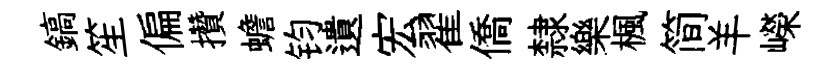
鎬笙偏攢蟾钧遺宏翟僑隸樂楓简羊嶸